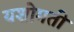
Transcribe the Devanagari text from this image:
यशोमती